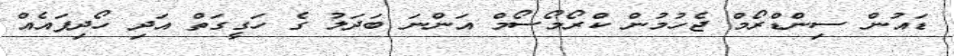
ޑައުން ސިންޑްރޯމް ޖެހުމުން ކްރޯމޯސޯމް އަންނަ ބަދަލު ގެ ހަގީގަތް އަދި ހޯދިފައެއް